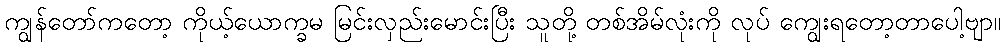
ကျွန်တော်ကတော့ ကိုယ့်ယောက္ခမ မြင်းလှည်းမောင်းပြီး သူတို့ တစ်အိမ်လုံးကို လုပ် ကျွေးရတော့တာပေါ့ဗျာ။